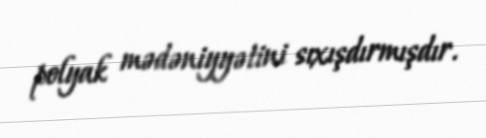
polyak mədəniyyətini sıxışdırmışdır.